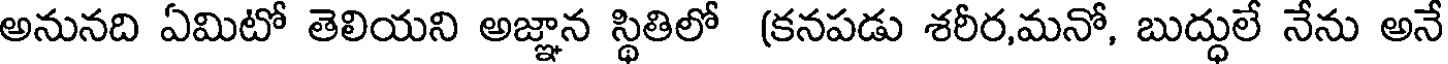
అనునది ఏమిటో తెలియని అజ్ఞాన స్థితిలో (కనపడు శరీర,మనో, బుద్ధులే నేను అనే